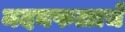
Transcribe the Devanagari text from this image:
मदनफळाचे